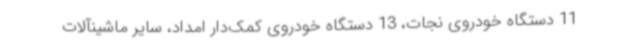
11 دستگاه خودروی نجات، 13 دستگاه خودروی کمک‌دار امداد، سایر ماشینآلات